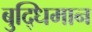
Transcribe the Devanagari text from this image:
बुद्‍धिमान